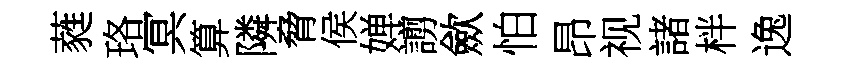
蕤珞冥算隣脅侯婵謭歛怕昂视諸柈逸